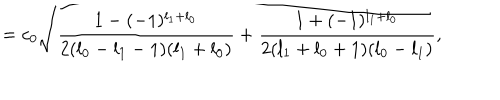
LaTeX: = c _ { 0 } \sqrt { \frac { 1 - ( - 1 ) ^ { l _ { 1 } + l _ { 0 } } } { 2 ( l _ { 0 } - l _ { 1 } - 1 ) ( l _ { 1 } + l _ { 0 } ) } + \frac { 1 + ( - 1 ) ^ { l _ { 1 } + l _ { 0 } } } { 2 ( l _ { 1 } + l _ { 0 } + 1 ) ( l _ { 0 } - l _ { 1 } ) } } ,